画像に写った文字を読んでください
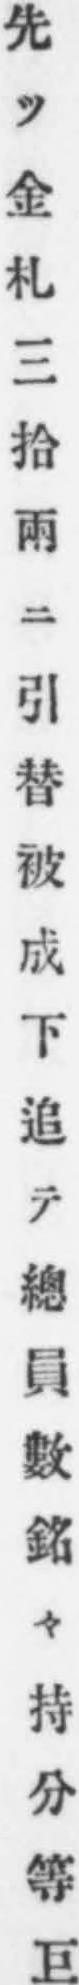
「先ツ金札三拾兩ニ引替被成下追テ總員數銘々持分等巨」と書いてあります